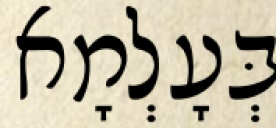
בְּעָלְמָא